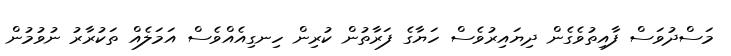
މަސްދުވަސް ފާއިތުވެގެން ދިޔައިރުވެސް ހަޔާގެ ފަރާތުން ކުރިން ހިނގިއެއްވެސް އަމަލެއް ތަކުރާރު ނުވުމުން